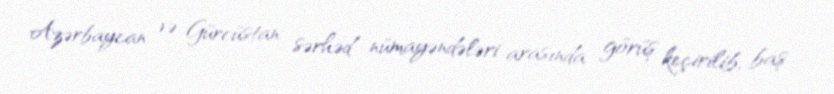
Azərbaycan və Gürcüstan sərhəd nümayəndələri arasında görüş keçirilib, baş